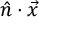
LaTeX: { \hat { n } } \cdot { \vec { x } }